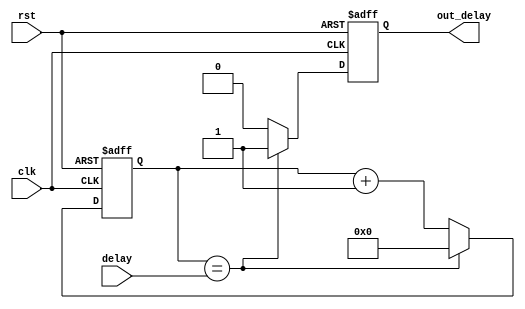
module DelayModule (
  input wire clk,          // Seal de reloj
  input wire rst,          // Seal de reinicio
  input wire [8:0] delay,   // Valor de delay de 9 bits
  output reg out_delay     // Salida de delay
);

  reg [8:0] count;          // Contador de delay

  always @(posedge clk or posedge rst) begin
    if (rst) begin
      count <= 0;           // Reiniciar contador en caso de reinicio
      out_delay <= 0;       // Reiniciar salida en caso de reinicio
    end else begin
      if (count == delay) begin
        out_delay <= 1;     // Activar salida despus del delay
        count <= 0;         // Reiniciar contador despus del delay
      end else begin
        count <= count + 1; // Incrementar contador si no se alcanza el delay
        out_delay <= 0;     // Desactivar salida durante el delay
      end
    end
  end

endmodule